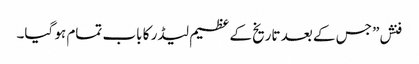
فنش” جس کے بعد تاریخ کے عظیم لیڈر کا باب تمام ہو گیا۔